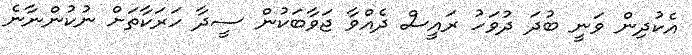
އެކުދިން ވަނީ ބުދަ ދުވަހު ރައީސް ދެއްވާ ޖަވާބަކުން ސީދާ ހަރަކާތަށް ނުކުންނާނެ